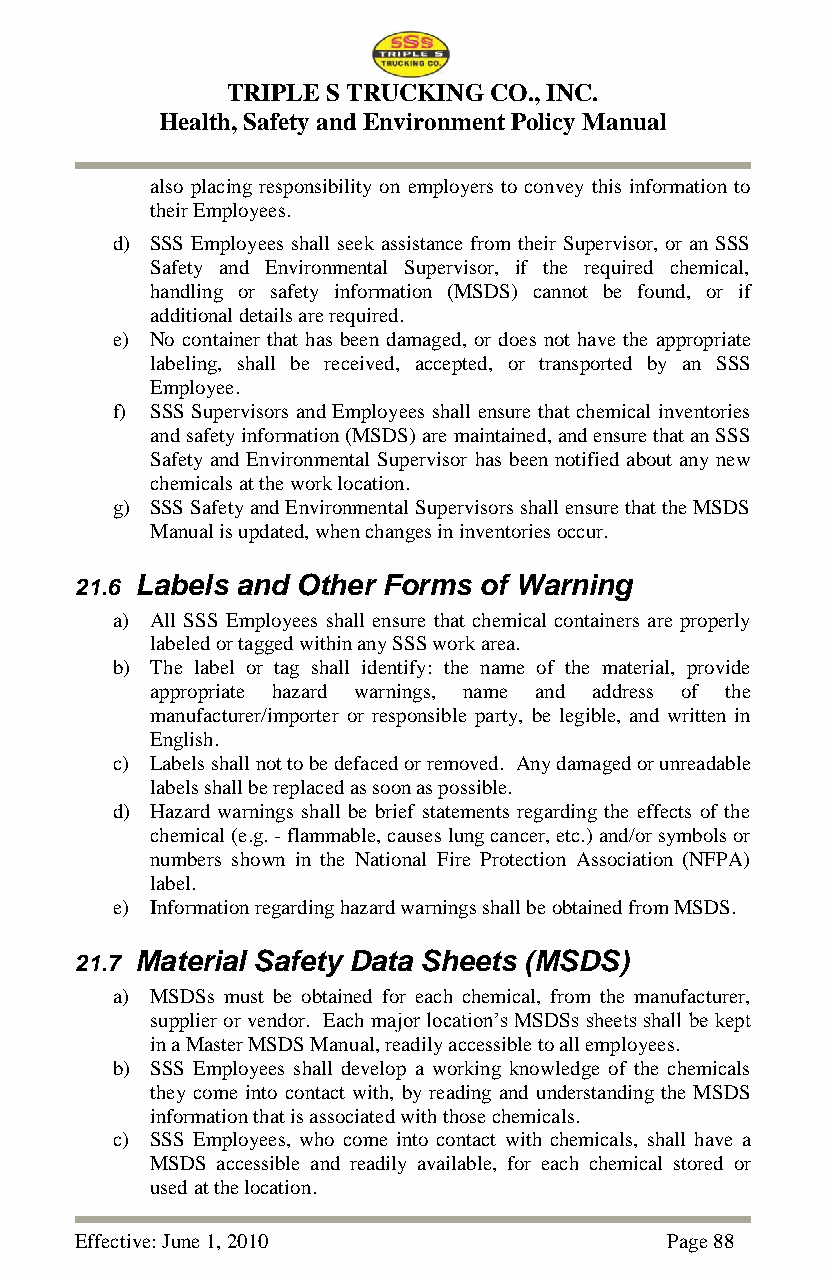
TRIPLE S TRUCKING CO., INC.
 Health, Safety and Environment Policy Manual
 also placing responsibility on employers to convey this information to
 their Employees.
 d) SSS Employees shall seek assistance from their Supervisor, or an SSS
 Safety and Environmental Supervisor, if the required chemical,
 handling or safety information (MSDS) cannot be found, or if
 additional details are required.
 e) No container that has been damaged, or does not have the appropriate
 labeling, shall be received, accepted, or transported by an SSS
 Employee.
 f) SSS Supervisors and Employees shall ensure that chemical inventories
 and safety information (MSDS) are maintained, and ensure that an SSS
 Safety and Environmental Supervisor has been notified about any new
 chemicals at the work location.
 g) SSS Safety and Environmental Supervisors shall ensure that the MSDS
 Manual is updated, when changes in inventories occur.
 21.6 Labels and Other Forms of Warning
 a) All SSS Employees shall ensure that chemical containers are properly
 labeled or tagged within any SSS work area.
 b) The label or tag shall identify: the name of the material, provide
 appropriate hazard warnings, name and address of the
 manufacturer/importer or responsible party, be legible, and written in
 English.
 c) Labels shall not to be defaced or removed. Any damaged or unreadable
 labels shall be replaced as soon as possible.
 d) Hazard warnings shall be brief statements regarding the effects of the
 chemical (e.g. - flammable, causes lung cancer, etc.) and/or symbols or
 numbers shown in the National Fire Protection Association (NFPA)
 label.
 e) Information regarding hazard warnings shall be obtained from MSDS.
 21.7 Material Safety Data Sheets (MSDS)
 a) MSDSs must be obtained for each chemical, from the manufacturer,
 supplier or vendor. Each major location‘s MSDSs sheets shall be kept
 in a Master MSDS Manual, readily accessible to all employees.
 b) SSS Employees shall develop a working knowledge of the chemicals
 they come into contact with, by reading and understanding the MSDS
 information that is associated with those chemicals.
 c) SSS Employees, who come into contact with chemicals, shall have a
 MSDS accessible and readily available, for each chemical stored or
 used at the location.
 Effective: June 1, 2010                Page 88